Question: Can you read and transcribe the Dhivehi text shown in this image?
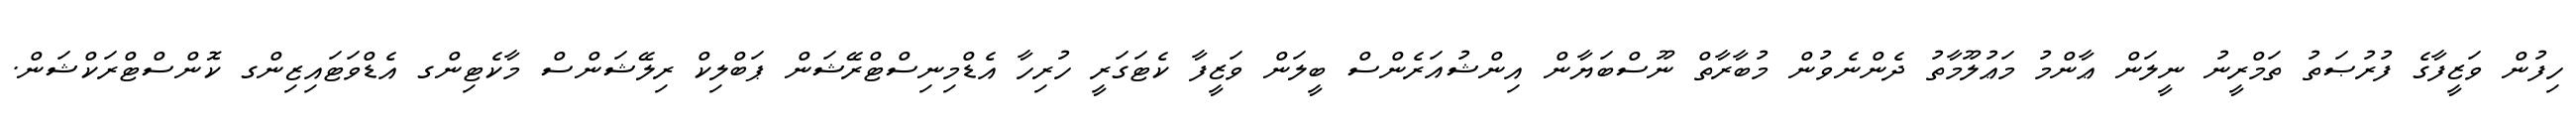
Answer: ހިފުން ވަޒީފާގެ ފުރުޞަތު ތަމްރީނު ނީލަން ޢާންމު މަޢުލޫމާތު ދެންނެވުން މުބާރާތް ނޫސްބަޔާން އިންޝުއަރެންސް ބީލަން ވަޒީފާ ކެޓަގަރީ ހުރިހާ އެޑްމިނިސްޓްރޭޝަން ޕަބްލިކް ރިލޭޝަންސް މާކެޓިންގ އެޑްވަޓައިޒިންގ ކޮންސްޓްރަކްޝަން.